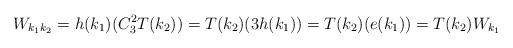
LaTeX: \begin{align*}W_{k_{1}k_{2}}=h(k_{1})(C_{3}^{2}T(k_{2}))=T(k_{2})(3h(k_{1}))=T(k_{2})(e(k_{1}))=T(k_{2})W_{k_{1}}\end{align*}